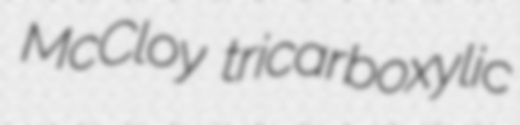
McCloy tricarboxylic